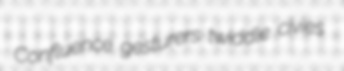
Confluence gesturers twiddle civies